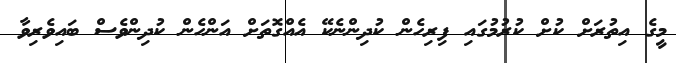
މީގެ އިތުރަށް ކުށް ކުރުމުގައި ފިރިހެން ކުދިންނެކޭ އެއްގޮތަށް އަންހެން ކުދިންވެސް ބައިވެރިވާ